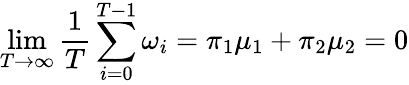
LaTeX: \operatorname*{lim}_{T\rightarrow\infty}\frac{1}{T}\sum_{i=0}^{T-1}\omega_{i}=\pi_{1}\mu_{1}+\pi_{2}\mu_{2}=0